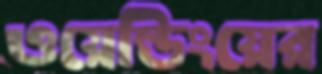
ওয়েল্ডিংয়ের